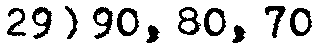
29) 90, 80, 70